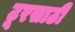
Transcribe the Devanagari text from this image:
टूरसाठी